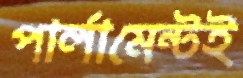
পার্লামেন্টই